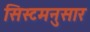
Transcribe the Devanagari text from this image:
सिस्टमनुसार